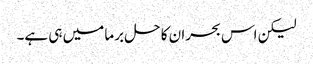
لیکن اس بحران کا حل برما میں ہی ہے۔